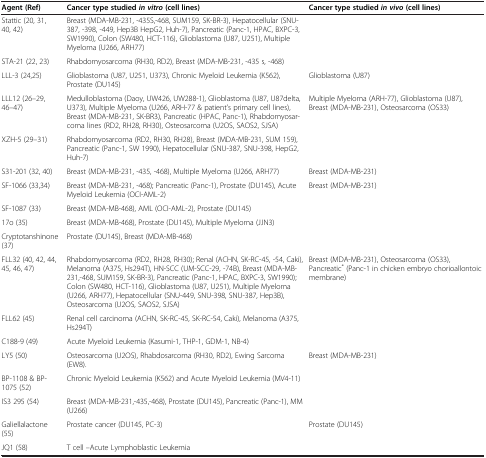
<table><thead><tr><td><b>Agent (Ref)</b></td><td><b>Cancer type studied <i>in vitro </i>(cell lines)</b></td><td><b>Cancer type studied <i>in vivo </i>(cell lines)</b></td></tr></thead><tbody><tr><td>Stattic (20, 31, 40, 42)</td><td>Breast (MDA-MB-231, -435S,-468, SUM159, SK-BR-3), Hepatocellular (SNU-387, -398, -449, Hep3B HepG2, Huh-7), Pancreatic (Panc-1, HPAC, BXPC-3, SW1990), Colon (SW480, HCT-116), Glioblastoma (U87, U251), Multiple Myeloma (U266, ARH77)</td><td> </td></tr><tr><td>STA-21 (22, 23)</td><td>Rhabdomyosarcoma (RH30, RD2), Breast (MDA-MB-231, -435 s, -468)</td><td> </td></tr><tr><td>LLL-3 (24,25)</td><td>Glioblastoma (U87, U251, U373), Chronic Myeloid Leukemia (K562), Prostate (DU145)</td><td>Glioblastoma (U87)</td></tr><tr><td>LLL12 (26–29, 46–47)</td><td>Medulloblastoma (Daoy, UW426, UW288-1), Glioblastoma (U87, U87delta, U373), Multiple Myeloma (U266, ARH-77 &amp; patient’s primary cell lines), Breast (MDA-MB-231, SK-BR3), Pancreatic (HPAC, Panc-1), Rhabdomyosarcoma lines (RD2, RH28, RH30), Osteosarcoma (U2OS, SAOS2, SJSA)</td><td>Multiple Myeloma (ARH-77), Glioblastoma (U87), Breast (MDA-MB-231), Osteosarcoma (OS33)</td></tr><tr><td>XZH-5 (29–31)</td><td>Rhabdomyosarcoma (RD2, RH30, RH28), Breast (MDA-MB-231, SUM 159), Pancreatic (Panc-1, SW 1990), Hepatocellular (SNU-387, SNU-398, HepG2, Huh-7)</td><td> </td></tr><tr><td>S31-201 (32, 40)</td><td>Breast (MDA-MB-231, -435, -468), Multiple Myeloma (U266, ARH77)</td><td>Breast (MDA-MB-231)</td></tr><tr><td>SF-1066 (33,34)</td><td>Breast (MDA-MB-231, -468); Pancreatic (Panc-1), Prostate (DU145), Acute Myeloid Leukemia (OCI-AML-2)</td><td>Breast (MDA-MB-231)</td></tr><tr><td>SF-1087 (33)</td><td>Breast (MDA-MB-468), AML (OCI-AML-2), Prostate (DU145)</td><td> </td></tr><tr><td>17o (35)</td><td>Breast (MDA-MB-468), Prostate (DU145), Multiple Myeloma (JJN3)</td><td> </td></tr><tr><td>Cryptotanshinone (37)</td><td>Prostate (DU145), Breast (MDA-MB-468)</td><td> </td></tr><tr><td>FLL32 (40, 42, 44, 45, 46, 47)</td><td>Rhabdomyosarcoma (RD2, RH28, RH30); Renal (ACHN, SK-RC-45, -54, Caki), Melanoma (A375, Hs294T), HN-SCC (UM-SCC-29, -74B), Breast (MDA-MB-231,-468, SUM159, SK-BR-3), Pancreatic (Panc-1, HPAC, BXPC-3, SW1990); Colon (SW480, HCT-116), Glioblastoma (U87, U251), Multiple Myeloma (U266, ARH77), Hepatocellular (SNU-449, SNU-398, SNU-387, Hep3B), Osteosarcoma (U2OS, SAOS2, SJSA)</td><td>Breast (MDA-MB-231), Osteosarcoma (OS33), Pancreatic<sup>*</sup> (Panc-1 in chicken embryo chorioallontoic membrane)</td></tr><tr><td>FLL62 (45)</td><td>Renal cell carcinoma (ACHN, SK-RC-45, SK-RC-54, Caki), Melanoma (A375, Hs294T)</td><td> </td></tr><tr><td>C188-9 (49)</td><td>Acute Myeloid Leukemia (Kasumi-1, THP-1, GDM-1, NB-4)</td><td> </td></tr><tr><td>LY5 (50)</td><td>Osteosarcoma (U2OS), Rhabdosarcoma (RH30, RD2), Ewing Sarcoma (EW8).</td><td>Breast (MDA-MB-231)</td></tr><tr><td>BP-1108 &amp; BP-1075 (52)</td><td>Chronic Myeloid Leukemia (K562) and Acute Myeloid Leukemia (MV4-11)</td><td> </td></tr><tr><td>IS3 295 (54)</td><td>Breast (MDA-MB-231,-435,-468), Prostate (DU145), Pancreatic (Panc-1), MM (U266)</td><td> </td></tr><tr><td>Galiellalactone (55)</td><td>Prostate cancer (DU145, PC-3)</td><td>Prostate (DU145)</td></tr><tr><td>JQ1 (58)</td><td>T cell –Acute Lymphoblastic Leukemia</td><td> </td></tr></tbody></table>